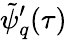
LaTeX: \tilde{\psi}_{q}^{\prime}(\tau)